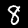
Label: 8